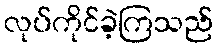
လုပ်ကိုင်ခဲ့ကြသည်